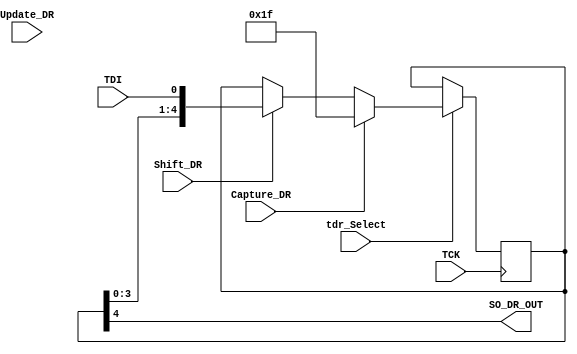
module Bypass_DR(
Shift_DR,
Capture_DR, 
Update_DR,
TDI,
TCK,
tdr_Select,
SO_DR_OUT);

parameter DR_LENGTH = 5;

input TDI ,tdr_Select, TCK , Shift_DR , Capture_DR , Update_DR;
output  SO_DR_OUT;

reg [DR_LENGTH-1:0] Shift_reg,Update_DR_reg;

always @(posedge TCK)
    begin
       if(tdr_Select)
       begin
         if(Capture_DR)
            begin
                Shift_reg <= {DR_LENGTH{1'b1}};
            end
        else if(Shift_DR)  
            begin
               Shift_reg<={ Shift_reg[DR_LENGTH-2:0] ,TDI}; 
            end  
        else if(Update_DR)
            begin
                Update_DR_reg <= Shift_reg;
            end        
        end
    end
 assign SO_DR_OUT = Shift_reg[DR_LENGTH-1];
endmodule